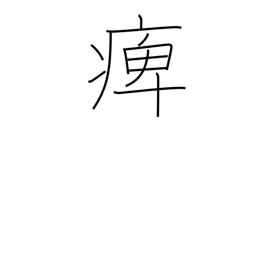
Meaning: paralysed